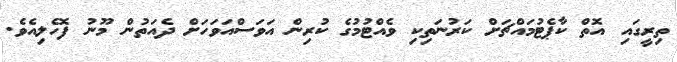
ތިރީގައި އޮތް ކާޕެޓުމައްޗަށް ކަރުނަތިކި ވެއްޓުމުގެ ކުރިން އަވަސްއަވަހަށް ދެއަތުން މޫނު ފޮހެލިއެވެ.